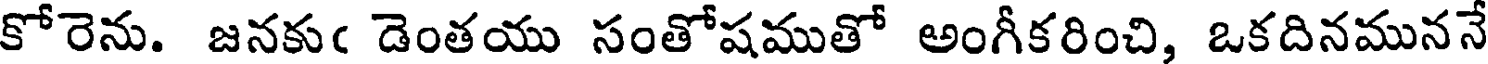
కోరెను. జనకుఁ డెంతయు సంతోషముతో అంగీకరించి, ఒకదినముననే